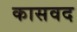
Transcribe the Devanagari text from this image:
कासवद